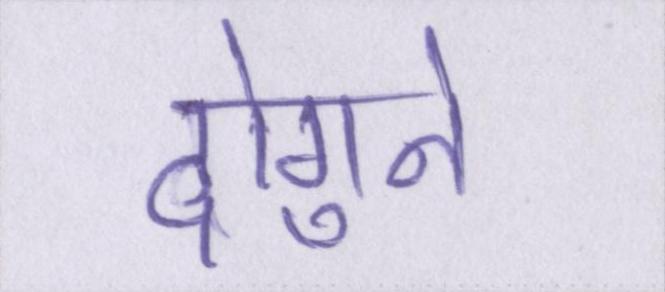
दोगुने